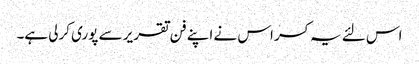
اس لئے یہ کسر اس نے اپنے فن تقریر سے پوری کرلی ہے۔